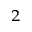
^ 2